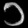
Digit: ၁